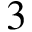
3